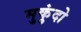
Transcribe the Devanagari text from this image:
मुकुंदो